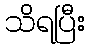
သိရပြီး